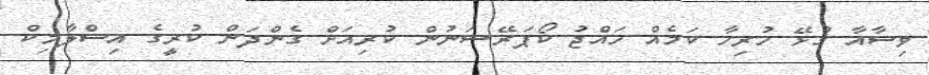
ވިސާއާ ގުޅޭ ހުރިހާ ކަމެއް ހައްޖު ކޯޕަރޭޝަނުން ކުރިއަށް ގެންދަން ކުރީގެ އިސްލާމިކް